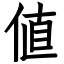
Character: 値